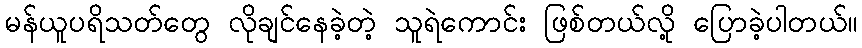
မန်ယူပရိသတ်တွေ လိုချင်နေခဲ့တဲ့ သူရဲကောင်း ဖြစ်တယ်လို့ ပြောခဲ့ပါတယ်။